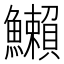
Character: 䲚